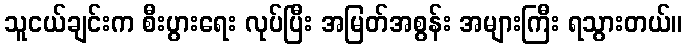
သူငယ်ချင်းက စီးပွားရေး လုပ်ပြီး အမြတ်အစွန်း အများကြီး ရသွားတယ်။